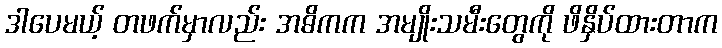
ဒါပေမယ့် တဖက်မှာလည်း အဓိကက အမျိုးသမီးတွေကို ဖိနှိပ်ထားတာက